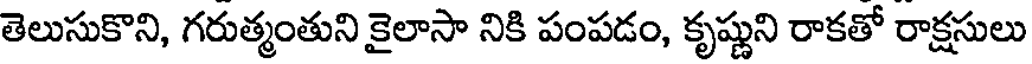
తెలుసుకొని, గరుత్మంతుని కైలాసా నికి పంపడం, కృష్ణుని రాకతో రాక్షసులు